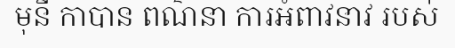
មុនី កាបាន ពណ៌នា ការអំពាវនាវ របស់